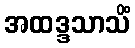
အထဒ္ဒသာသိံ